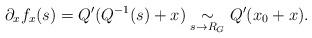
LaTeX: \begin{align*}\partial_x f_x(s)=Q^{\prime}(Q^{-1}(s)+x)\underset{s\rightarrow R_G}{\sim} Q^{\prime}(x_0+x).\end{align*}